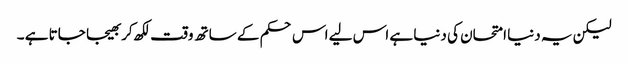
لیکن یہ دنیا امتحان کی دنیا ہے اس لیے اس حکم کے ساتھ وقت لکھ کر بھیجا جاتا ہے ۔